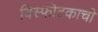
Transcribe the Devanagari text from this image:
विस्फोटकाची